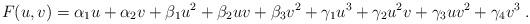
LaTeX: \begin{align*} F(u,v) = \alpha_1 u + \alpha_2 v + \beta_1 u^2 + \beta_2 uv + \beta_3 v^2 + \gamma_1 u^3 + \gamma_2 u^2v + \gamma_3 uv^2 + \gamma_4 v^3\;.\end{align*}